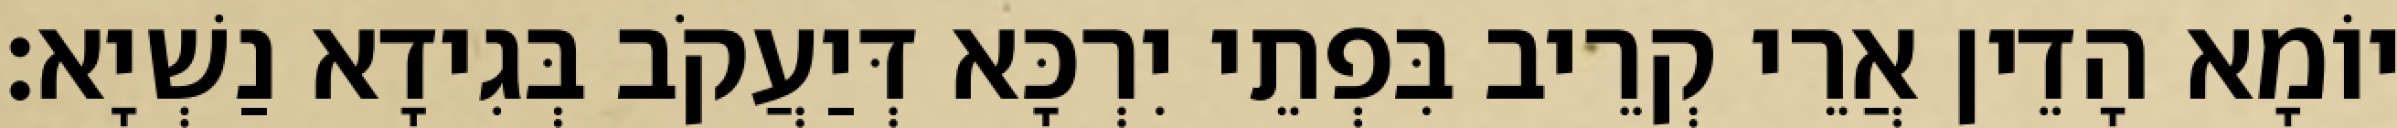
יוֹמָא הָדֵין אֲרֵי קְרֵיב בִּפְתֵי יִרְכָּא דְּיַעֲקֹב בְּגִידָא נַשְׁיָא׃